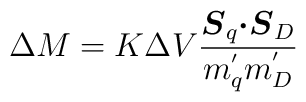
\Delta M = K \Delta V \frac{\mbox{\boldmath $S$}_{q}                                \mbox{\boldmath $\cdot S$}_{D}}{m_{q}^{'} m_{D}^{'}}